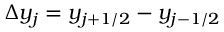
\Delta y _ { j } = y _ { j + 1 / 2 } - y _ { j - 1 / 2 }